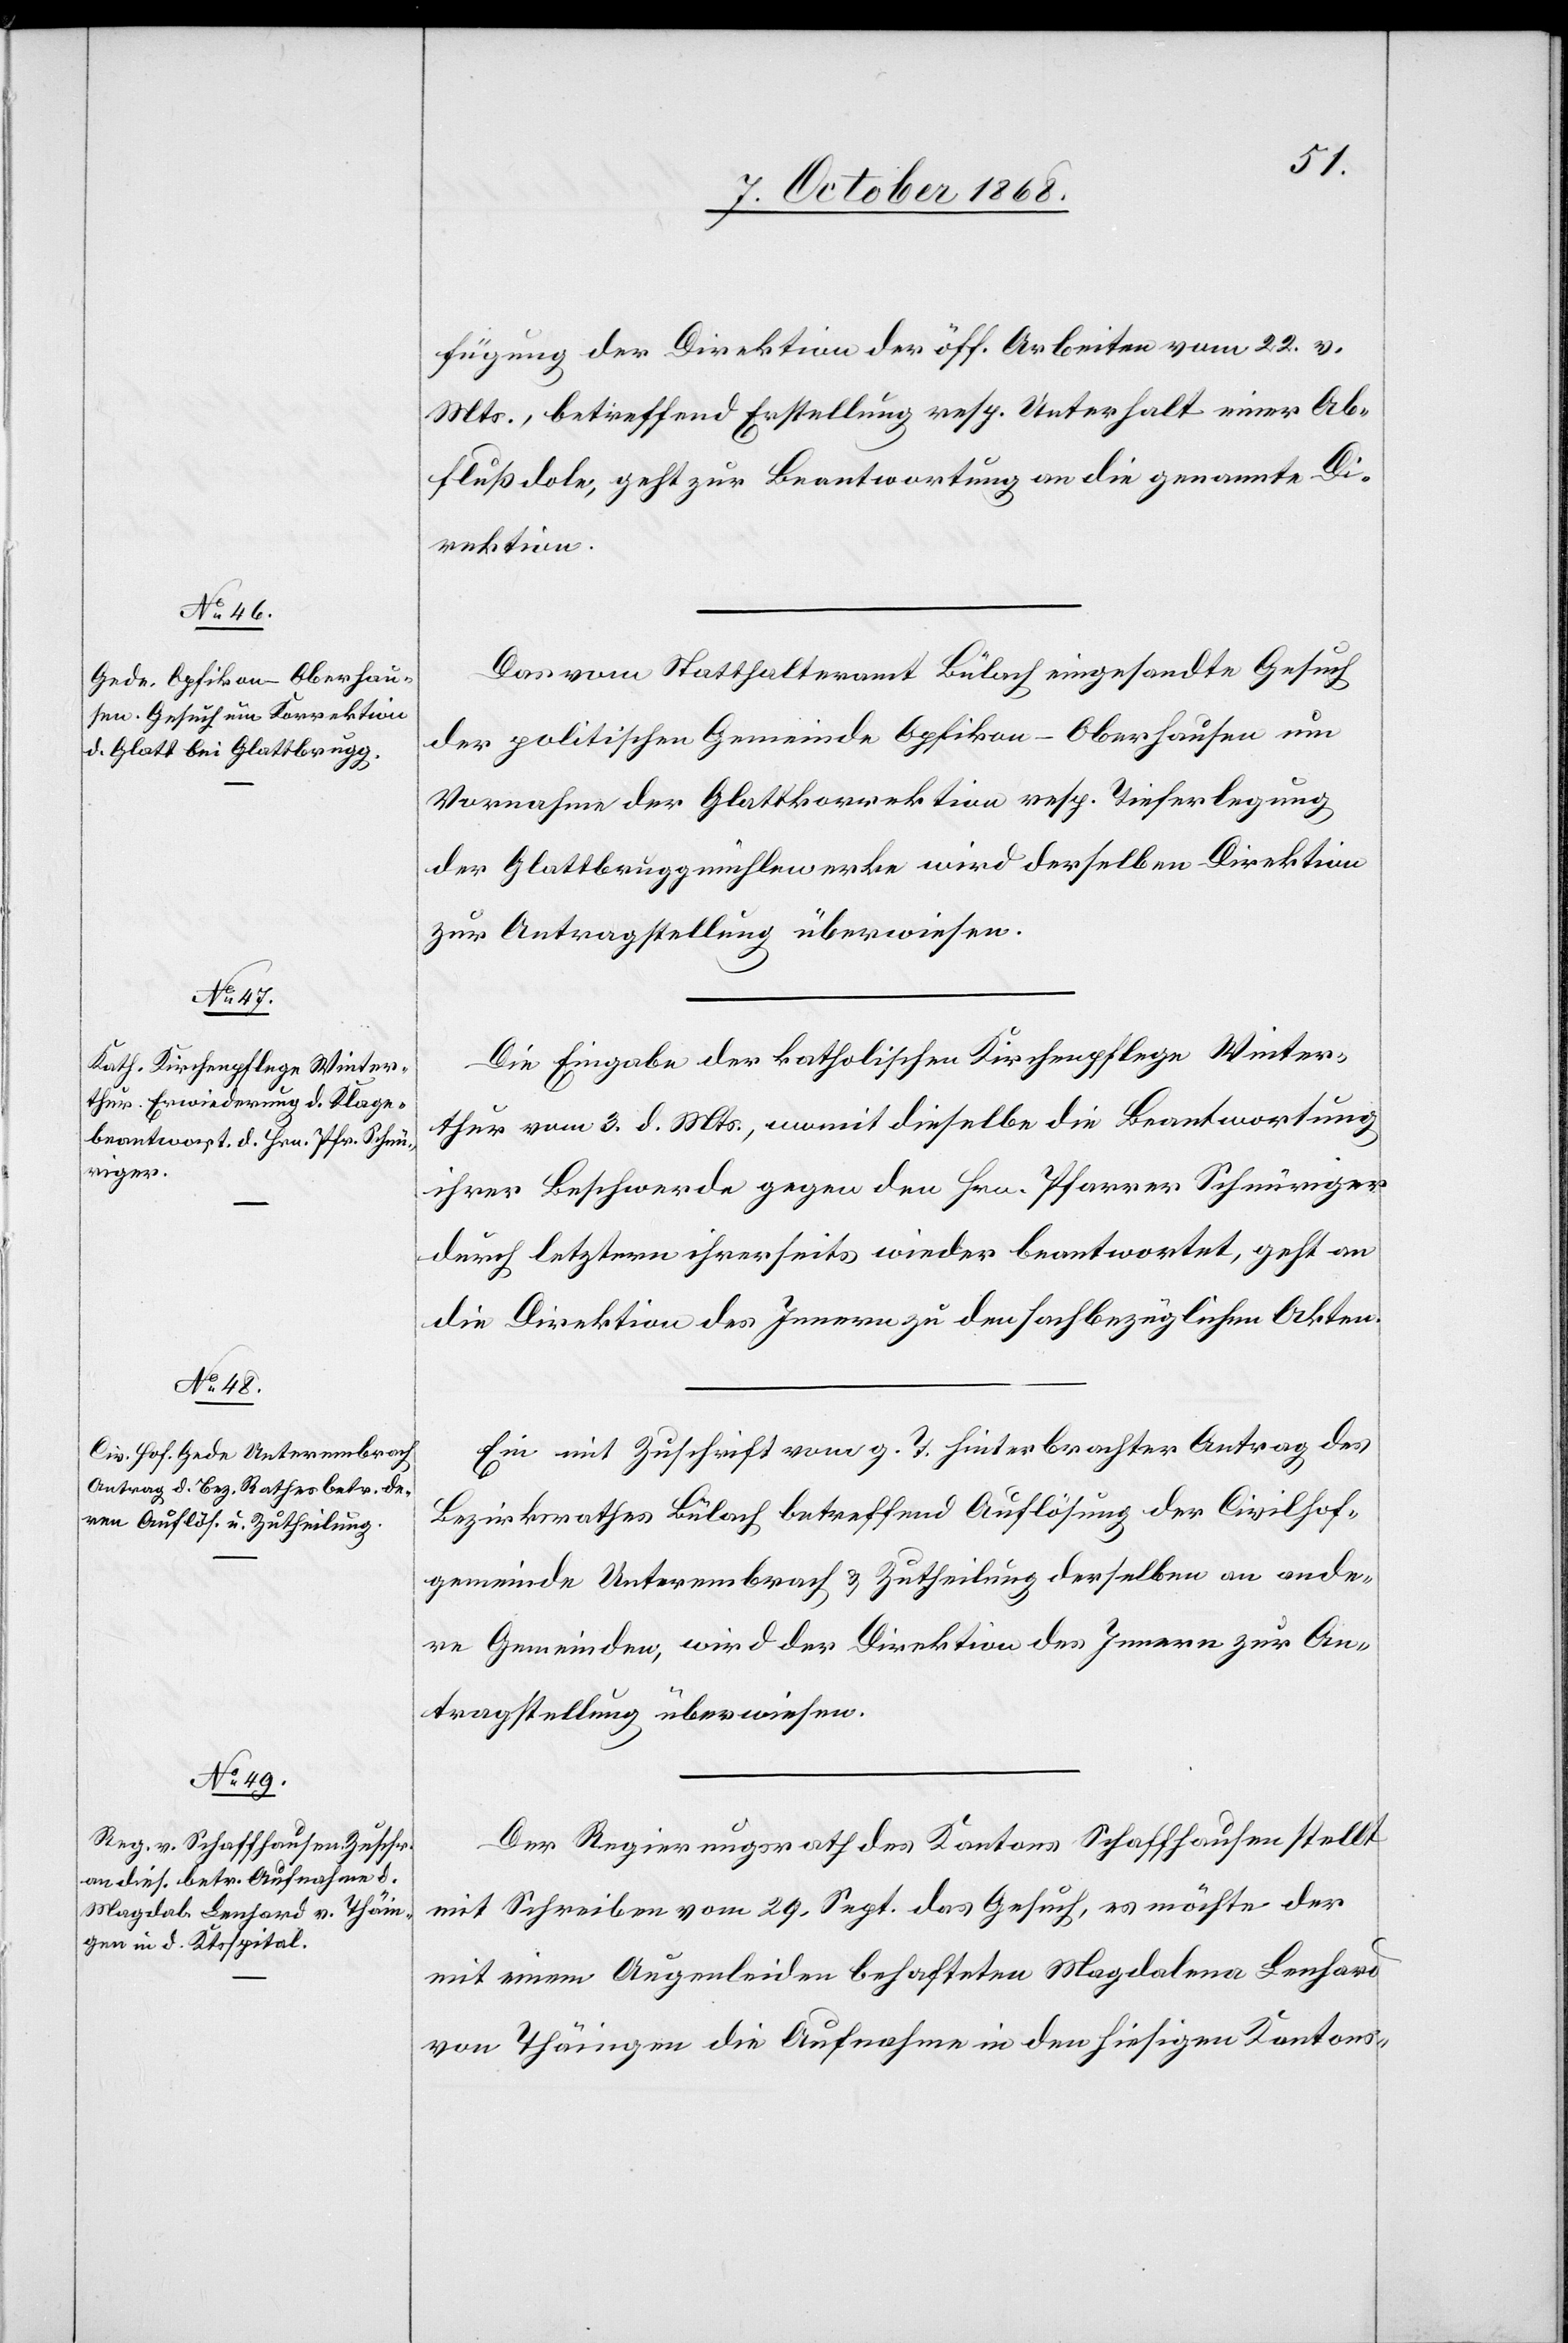
7. October 1868.]
fügung der Direktion der öff. Arbeiten vom 22. v.
Mts., betreffend Erstellung resp. Unterhalt einer Ab¬
flußdole, geht zur Beantwortung an die genannte Di¬
rektion.
Das vom Statthalteramt Bülach eingesandte Gesuch
der politischen Gemeinde Opfikon - Oberhausen um
Vornahme der Glattkorrektion resp. Tieferlegung
der Glattbruggmühlewerke wird derselben Direktion
zur Antragstellung überwiesen.
Die Eingabe der katholischen Kirchenpflege Winter¬
thur vom 3. d. Mts., womit dieselbe die Beantwortung
ihrer Beschwerde gegen den Hrn. Pfarrer Schnüriger
durch letztern ihrerseits wieder beantwortet, geht an
die Direktion des Innern zu den sachbezüglichen Akten.
Ein mit Zuschrift vom g. T. hinterbrachter Antrag des
Bezirksrathes Bülach betreffend Auflösung der Civilhof¬
gemeinde Unterembrach & Zutheilung derselben an ande¬
re Gemeinden, wird der Direktion des Innern zur An¬
tragstellung überwiesen.
Der Regierungsrath des Kantons Schaffhausen stellt
mit Schreiben vom 29. Sept. das Gesuch, es möchte der
mit einem Augenleiden behafteten Magdalena Lenhard
von Thäingen die Aufnahme in den hiesigen Kantons-